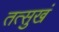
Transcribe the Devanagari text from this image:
तत्सुखं